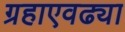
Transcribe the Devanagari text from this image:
ग्रहाएवढ्या